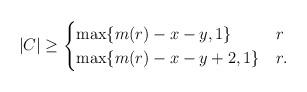
LaTeX: \begin{align*}|C|\geq \begin{cases}\max \{m(r)-x-y,1\} & r \\\max \{m(r)-x-y+2,1\} & r .\end{cases}\end{align*}